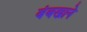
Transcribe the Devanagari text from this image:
बंबखाने